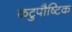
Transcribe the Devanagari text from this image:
कटुपौष्टिक